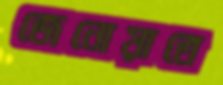
জেনোয়াতে